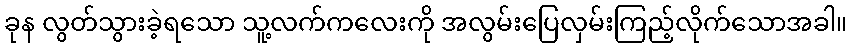
ခုန လွတ်သွားခဲ့ရသော သူ့လက်ကလေးကို အလွမ်းပြေလှမ်းကြည့်လိုက်သောအခါ။